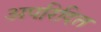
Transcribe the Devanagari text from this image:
अपरिदित